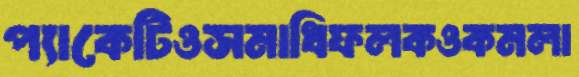
প্যাকেটিওসমাধিফলকওকমলা